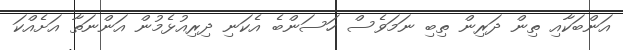
އަންބަކާއި ތިން ދަރިން ތިބި ނަމަވެސް ހަސަންބެ އެކަނި ދިރިއުޅެމުން އަންނަތާ އަށެއްކަ